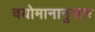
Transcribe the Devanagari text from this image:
वयोमानानुसार